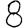
Digit: 8